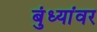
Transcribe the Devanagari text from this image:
बुंध्यांवर